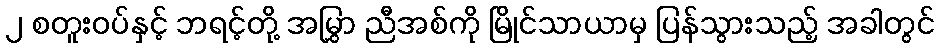
၂ စတူးဝပ်နှင့် ဘရင့်တို့ အမြွှာ ညီအစ်ကို မြိုင်သာယာမှ ပြန်သွားသည့် အခါတွင်